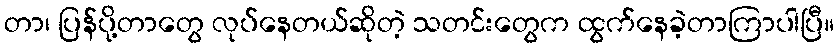
တာ၊ ပြန်ပို့တာတွေ လုပ်နေတယ်ဆိုတဲ့ သတင်းတွေက ထွက်နေခဲ့တာကြာပါပြီ။